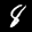
Label: 8